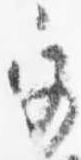
宮